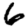
Digit: 6